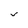
Character: v